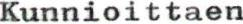
Kunnioittaen